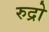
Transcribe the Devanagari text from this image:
रुद्रो